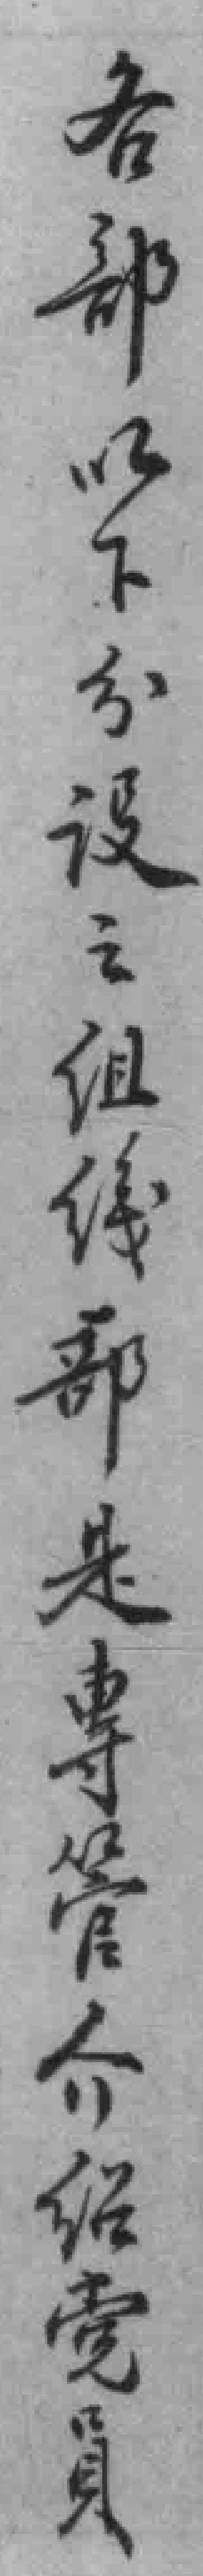
各部以下分设之组織部是專管介绍党員